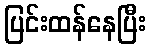
ပြင်းထန်နေပြီး